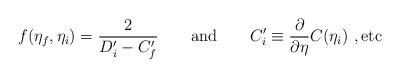
LaTeX: \begin{align*}f(\eta_f,\eta_i) = {2\over D'_i- C'_f} \qquad \mbox{and} \qquad C'_i \equiv{\partial \over \partial \eta}C(\eta_i)~, \mbox{etc}\end{align*}